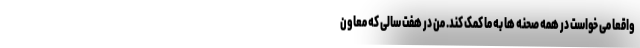
واقعا می خواست در همه صحنه ها به ما کمک کند. من در هفت سالی که معاون